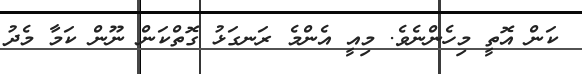
ކަން އޮތީ މިހެންނެވެ. މިއީ އެންމެ ރަނގަޅު ގޮތްކަން ނޫން ކަމާ މެދު